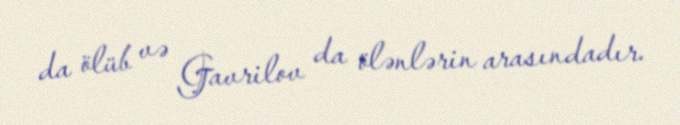
da ölüb və Gavrilov da ölənlərin arasındadır.